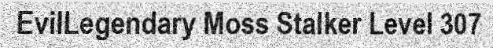
EvilLegendary Moss Stalker Level 307